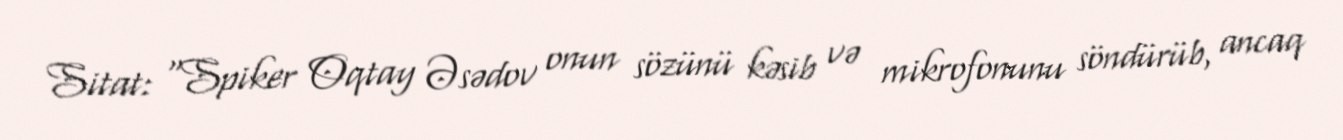
Sitat: “Spiker Oqtay Əsədov onun sözünü kəsib və mikrofonunu söndürüb, ancaq